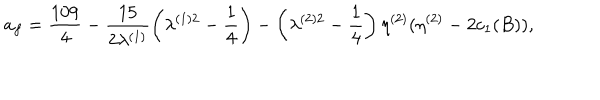
a _ { f } = \frac { 1 0 9 } { 4 } - \frac { 1 5 } { 2 \lambda ^ { ( 1 ) } } \left( \lambda ^ { ( 1 ) 2 } - \frac { 1 } { 4 } \right) - \left( \lambda ^ { ( 2 ) 2 } - \frac { 1 } { 4 } \right) \eta ^ { ( 2 ) } ( \eta ^ { ( 2 ) } - 2 c _ { 1 } ( B ) ) ,